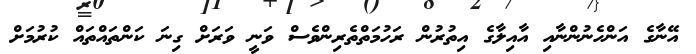
އޭނާގެ އަންހެނުންނާއި އާއިލާގެ އިތުރުން ރަހުމަތްތެރިންވެސް ވަނީ ވަރަށް ގިނަ ކަންތައްތައް ކުރުމަށް